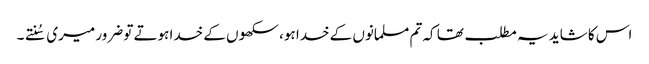
اس کا شاید یہ مطلب تھا کہ تم مسلمانوں کے خدا ہو، سکھوں کے خدا ہوتے تو ضرور میری سُنتے۔